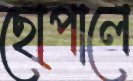
ছোপালে